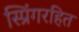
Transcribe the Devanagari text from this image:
स्प्रिंगरहित